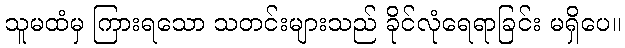
သူမထံမှ ကြားရသော သတင်းများသည် ခိုင်လုံရေရာခြင်း မရှိပေ။